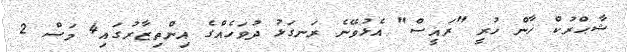
ޝާޙްރުކް ޚާން ހުރީ "ރައީސް" އެޅުވޭނެ ރަނގަޅު ދުވަހެއްގެ އިންތިޒާރުގައި4 މަސް 2